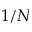
1 / N